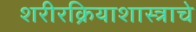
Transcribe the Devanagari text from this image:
शरीरक्रियाशास्त्राचे